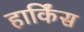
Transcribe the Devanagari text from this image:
हार्किंस